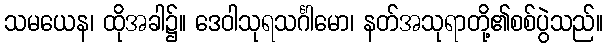
သမယေန၊ ထိုအခါ၌။ ဒေဝါသုရသင်္ဂါမော၊ နတ်အသုရာတို့၏စစ်ပွဲသည်။